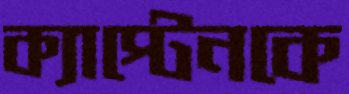
ক্যাপ্টেনকে